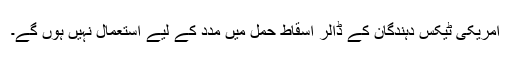
امریکی ٹیکس دہندگان کے ڈالر اسقاط حمل میں مدد کے لیے استعمال نہیں ہوں گے۔